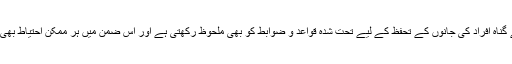
امريکی فوج بے گناہ افراد کی جانوں کے تحفظ کے لیے تحت شدہ قواعد و ضوابط کو بھی ملحوظ رکھتی ہے اور اس ضمن ميں ہر ممکن احتياط بھی برتی جاتی ہے۔